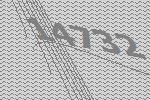
14732